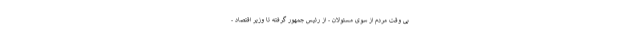
بی وقت مردم از سوی مسئولان - از رئیس جمهور گرفته تا وزیر اقتصاد -